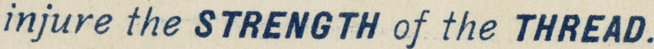
injure the STRENGTH of the THREAD.